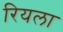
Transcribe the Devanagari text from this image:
रियला